Indian journal of veterinary science and animal husbandry - Volume 6,
Year: 1936
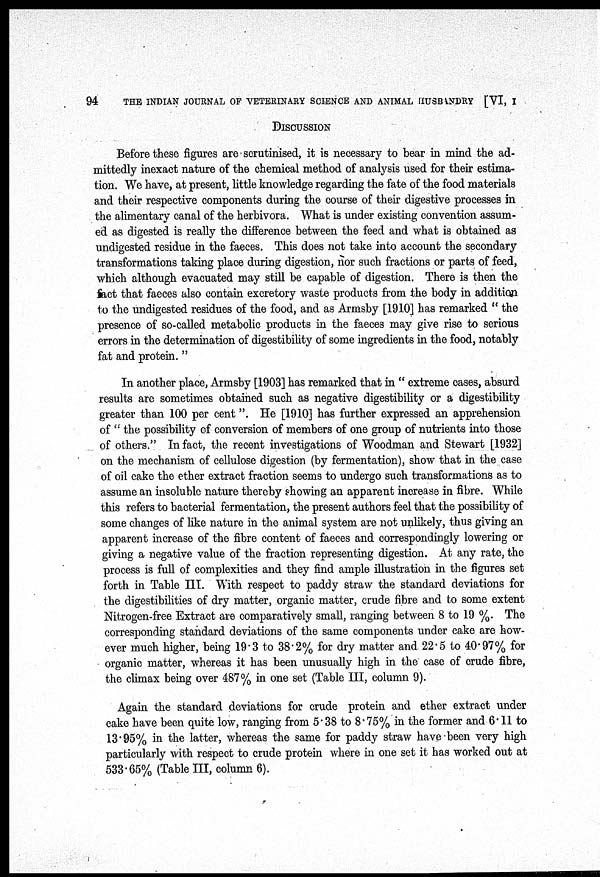
94
THE INDIAN JOURNAL OF VETERINARY SCIENCE AND ANIMAL HUSBANDRY [VI, I
DISCUSSION
Before these figures are scrutinised, it is necessary to bear in mind the ad-
mittedly inexact nature of the chemical method of analysis used for their estima-
tion. We have, at present, little knowledge regarding the fate of the food materials
and their respective components during the course of their digestive processes in
the alimentary canal of the herbivora. What is under existing convention assum-
ed as digested is really the difference between the feed and what is obtained as
undigested residue in the faeces. This does not take into account the secondary
transformations taking place during digestion, nor such fractions or parts of feed,
which although evacuated may still be capable of digestion. There is then the
fact that faeces also contain excretory waste products from the body in addition
to the undigested residues of the food, and as Armsby [1910] has remarked " the
presence of so-called metabolic products in the faeces may give rise to serious
errors in the determination of digestibility of some ingredients in the food, notably
fat and protein."
In another place, Armsby [1903] has remarked that in " extreme cases, absurd
results are sometimes obtained such as negative digestibility or a digestibility
greater than 100 per cent". He [1910] has further expressed an apprehension
of " the possibility of conversion of members of one group of nutrients into those
of others." In fact, the recent investigations of Woodman and Stewart [1932]
on the mechanism of cellulose digestion (by fermentation), show that in the case
of oil cake the ether extract fraction seems to undergo such transformations as to
assume an insoluble nature thereby showing an apparent increase in fibre. While
this refers to bacterial fermentation, the present authors feel that the possibility of
some changes of like nature in the animal system are not unlikely, thus giving an
apparent increase of the fibre content of faeces and correspondingly lowering or
giving a negative value of the fraction representing digestion. At any rate, the
process is full of complexities and they find ample illustration in the figures set
forth in Table III. With respect to paddy straw the standard deviations for
the digestibilities of dry matter, organic matter, crude fibre and to some extent
Nitrogen-free Extract are comparatively small, ranging between 8 to 19 %. The
corresponding standard deviations of the same components under cake are how-
ever much higher, being 19.3 to 38.2% for dry matter and 22.5 to 40.97% for
organic matter, whereas it has been unusually high in the case of crude fibre,
the climax being over 487% in one set (Table III, column 9).
Again the standard deviations for crude protein and ether extract under
cake have been quite low, ranging from 5.38 to 8.75% in the former and 6.11 to
13.95% in the latter, whereas the same for paddy straw have been very high
particularly with respect to crude protein where in one set it has worked out at
533.65% (Table III, column 6).